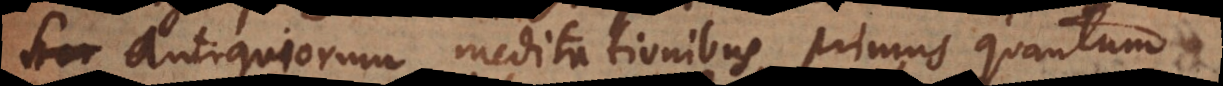
antiquiorum meditationibus, primus quantum